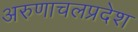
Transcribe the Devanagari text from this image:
अरुणाचलप्रदेश